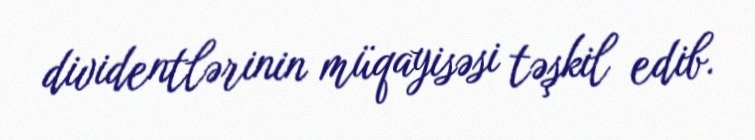
dividentlərinin müqayisəsi təşkil edib.